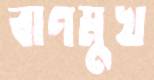
বাণমুখ